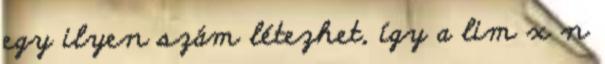
egy ilyen szám létezhet, így a lim x n